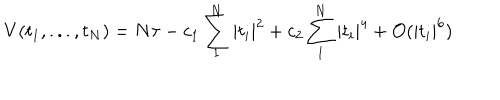
V ( t _ { 1 } , . . . , t _ { N } ) = N \tau - c _ { 1 } \sum _ { 1 } ^ { N } | t _ { i } | ^ { 2 } + c _ { 2 } \sum _ { 1 } ^ { N } | t _ { i } | ^ { 4 } + { \cal { O } } ( | t _ { i } | ^ { 6 } )